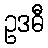
ဥဒဓီ